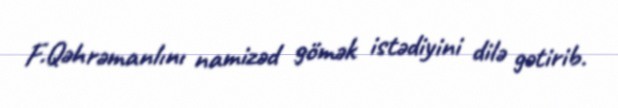
F.Qəhrəmanlını namizəd gömək istədiyini dilə gətirib.